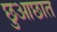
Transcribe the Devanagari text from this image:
छुआछात